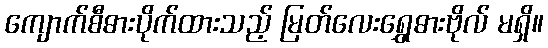
ကျောက်စီဓားပိုက်ထားသည့် မြတ်လေးရွှေဓားဗိုလ် မရှိ။